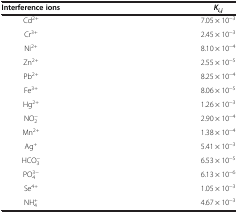
| Interference ions | Ki,j |
 | --- | --- |
 | Cd2+ | 7.05 × 10−3 |
 | Cr3+ | 2.45 × 10−3 |
 | Ni2+ | 8.10 × 10−4 |
 | Zn2+ | 2.55 × 10−5 |
 | Pb2+ | 8.25 × 10−4 |
 | Fe3+ | 8.06 × 10−5 |
 | Hg2+ | 1.26 × 10−3 |
 | NO2− | 2.90 × 10−4 |
 | Mn2+ | 1.38 × 10−4 |
 | Ag+ | 5.41 × 10−3 |
 | HCO3− | 6.53 × 10−5 |
 | PO43− | 6.13 × 10−6 |
 | Se4+ | 1.05 × 10−3 |
 | NH4+ | 4.67 × 10−3 |